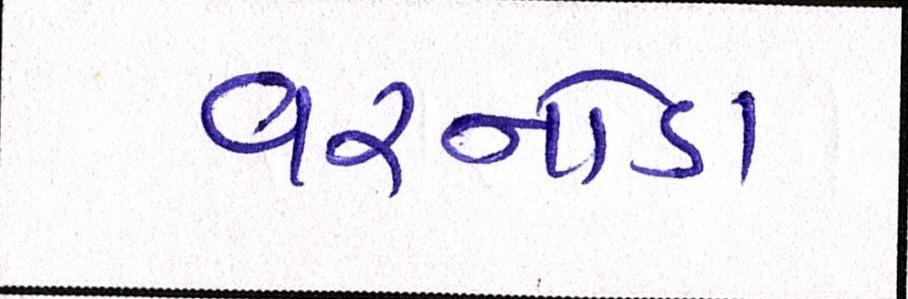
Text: વરનોડા